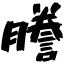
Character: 謄